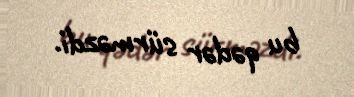
bu qədər sürməzdi.